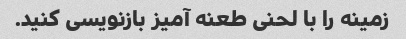
زمینه را با لحنی طعنه آمیز بازنویسی کنید.